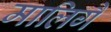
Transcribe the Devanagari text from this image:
मालिगै